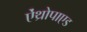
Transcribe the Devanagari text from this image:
ऐंथ्रोपाएड